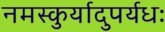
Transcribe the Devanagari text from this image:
नमस्कुर्यादुपर्यधः